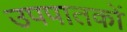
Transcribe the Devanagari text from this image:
उपपातकों